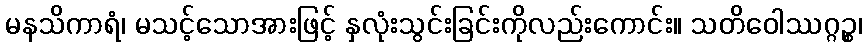
မနသိကာရံ၊ မသင့်သောအားဖြင့် နှလုံးသွင်းခြင်းကိုလည်းကောင်း။ သတိဝေါဿဂ္ဂဉ္စ၊